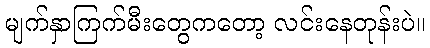
မျက်နှာကြက်မီးတွေကတော့ လင်းနေတုန်းပဲ။